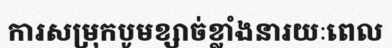
ការសម្រុកបូមខ្សាច់ខ្លាំងនារយៈពេល